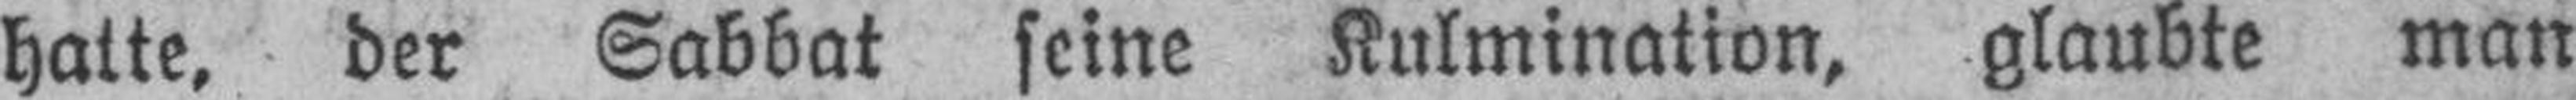
hatte, der Sabbat seine Kulmination, glaubte man